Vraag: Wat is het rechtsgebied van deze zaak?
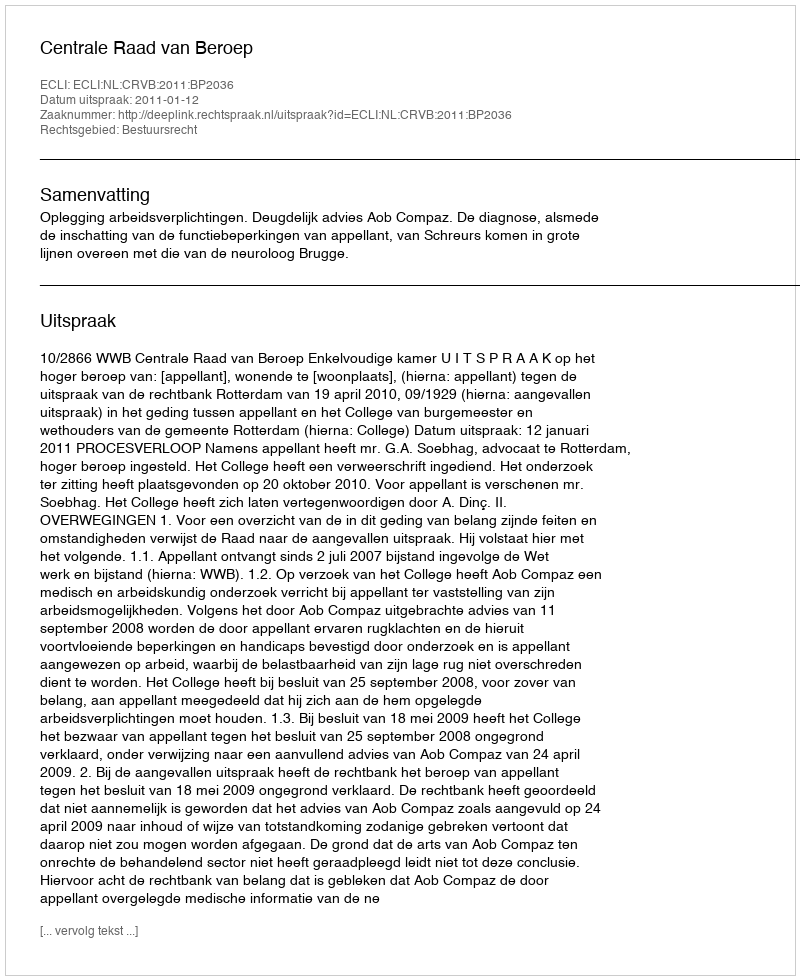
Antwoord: Bestuursrecht